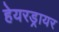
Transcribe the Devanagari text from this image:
हेयरड्रायर